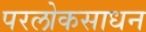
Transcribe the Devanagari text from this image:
परलोकसाधन